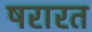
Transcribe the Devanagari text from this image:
षरारत